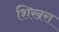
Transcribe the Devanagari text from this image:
शिखरा